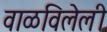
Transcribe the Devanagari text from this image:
वाळविलेली